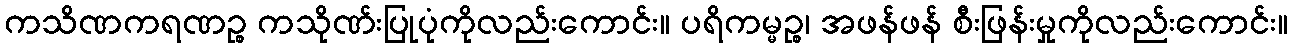
ကသိဏကရဏဉ္စ ကသိုဏ်းပြုပုံကိုလည်းကောင်း။ ပရိကမ္မဉ္စ၊ အဖန်ဖန် စီးဖြန်းမှုကိုလည်းကောင်း။